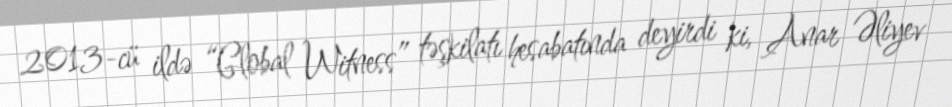
2013-cü ildə “Global Witness” təşkilatı hesabatında deyirdi ki, Anar Əliyev